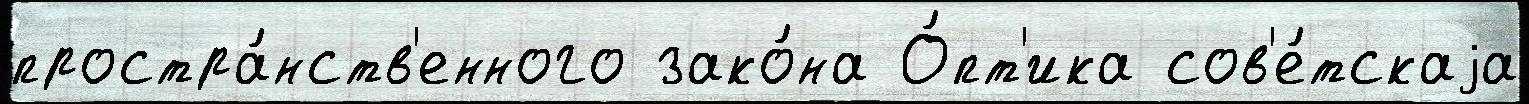
простра́нств'енного зако́на О́пт'ика сов'е́тскаjа